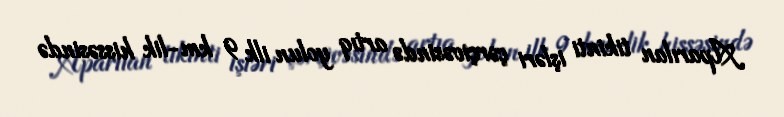
Aparılan tikinti işləri çərçivəsində artıq yolun ilk 9 km-lik hissəsində